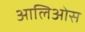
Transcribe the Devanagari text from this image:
आलिओस